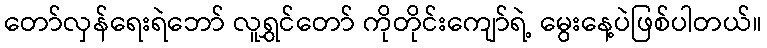
တော်လှန်ရေးရဲဘော် လူရွှင်တော် ကိုတိုင်းကျော်ရဲ့ မွေးနေ့ပဲဖြစ်ပါတယ်။